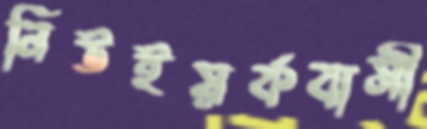
নিউইয়র্কবাসী